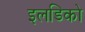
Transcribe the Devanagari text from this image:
इलडिको